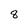
Character: 8